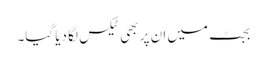
بجٹ میں ان پر بھی ٹیکس لگا دیا گیا۔